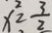
x ^ { 2 } _ { 2 } = \frac { 3 } { 2 }